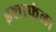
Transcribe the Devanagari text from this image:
इशाफंला